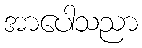
အာပေါသညာ